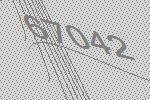
67042